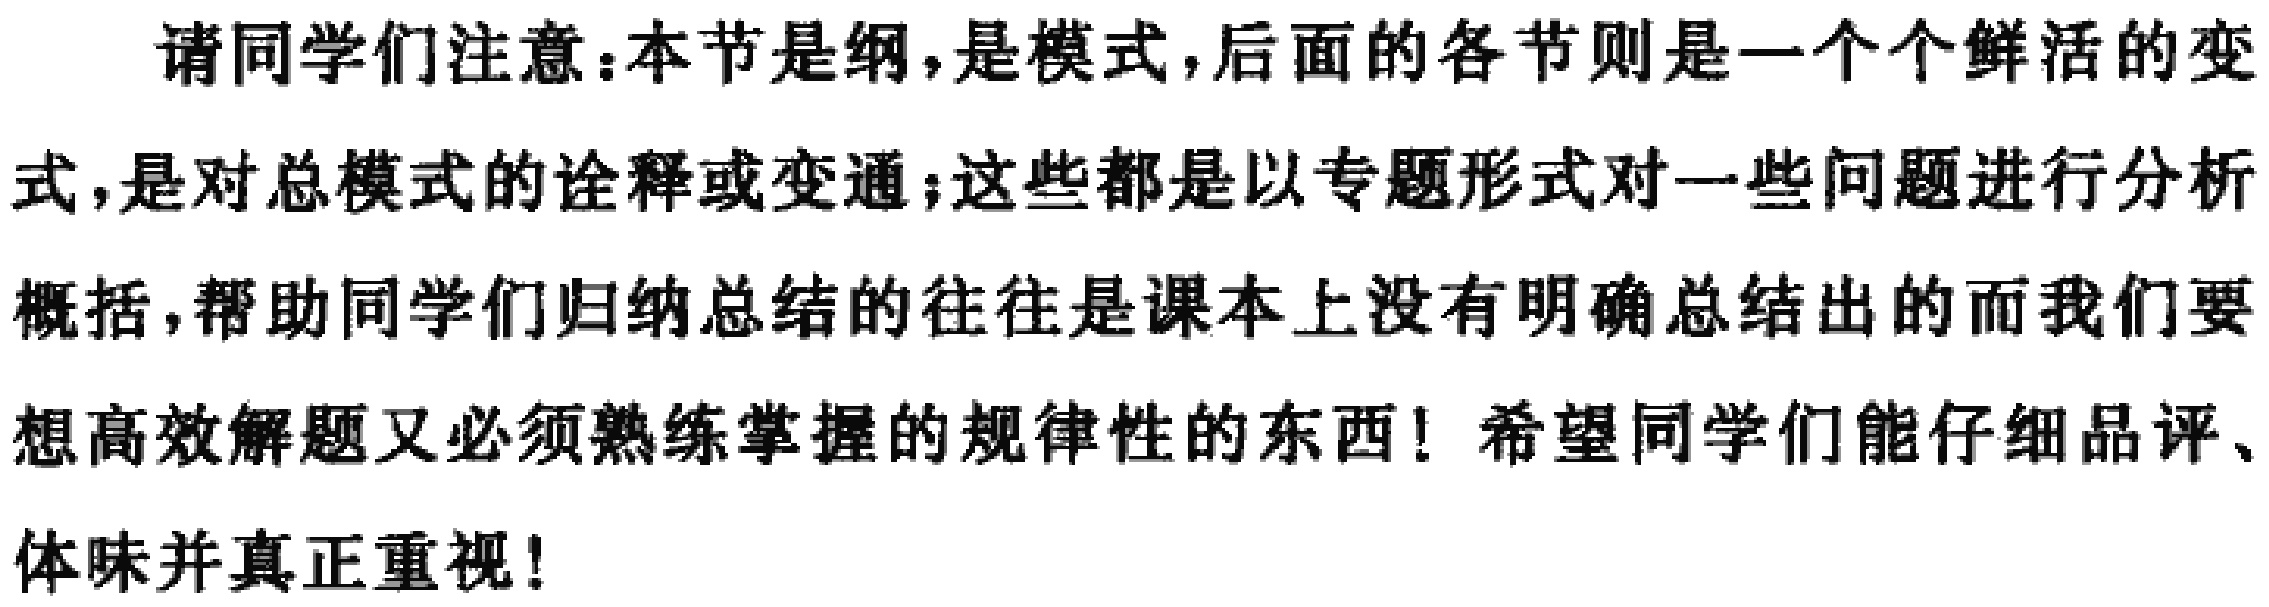
请同学们注意：本节是纲，是模式，后面的各节则是一个个鲜活的变式，是对总模式的诠释或变通；这些都是以专题形式对一些问题进行分析概括，帮助同学们归纳总结的往往是课本上没有明确总结出的而我们要想高效解题又必须熟练掌握的规律性的东西！希望同学们能仔细品评、体味并真正重视！